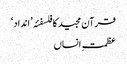
قرآن مجید کا فلسفئہ ’انداد‘
عظمتِ انساں